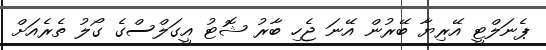
ޕެނަލްޓީ އޭރިޔާ ބޭރުން އޭނަ ޖެހި ބާރު ޝޮޓު އީގަލްސްގެ ގޯލު ތެރެއަށް